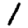
Digit: 1